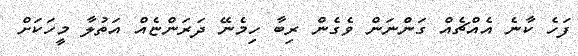
ފަހެ ކާނެ އެއްޗެއް ގަންނަން ވެގެން ރިބާ ހިމެނޭ ދަރަންޏެއް އަތުލާ މީހަކަށް